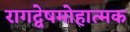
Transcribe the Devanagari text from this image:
रागद्वेषमोहात्मक